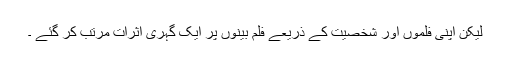
لیکن اپنی فلموں اور شخصیت کے ذریعے فلم بینوں پر ایک گہری اثرات مرتب کر گئے ۔